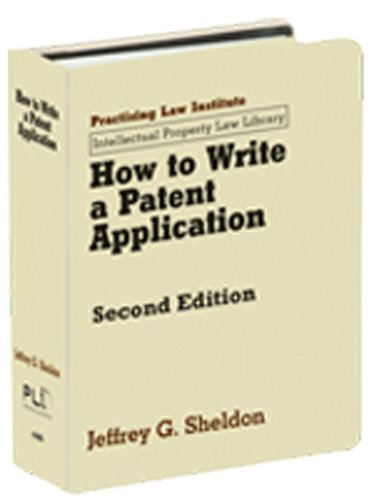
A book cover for How to Write a Patent Application 2nd Ed (Intellectual Property Law Library); Jeffrey G. Sheldon; Law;